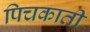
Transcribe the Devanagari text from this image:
पिचकाती